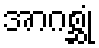
အာဂစ္ဆုံ